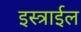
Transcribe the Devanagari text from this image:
इस्त्राईल